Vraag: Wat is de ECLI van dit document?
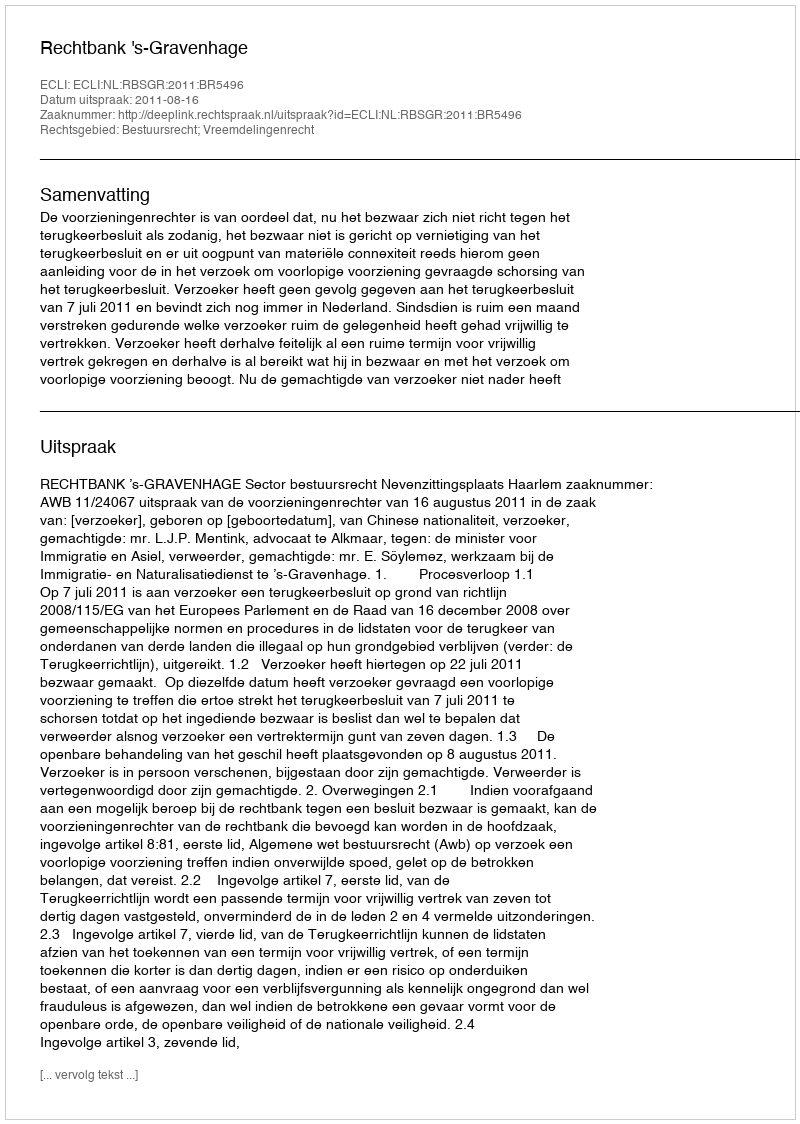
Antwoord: ECLI:NL:RBSGR:2011:BR5496